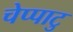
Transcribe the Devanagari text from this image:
चेप्पाटु